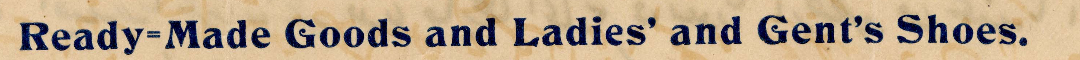
Ready=Made Goods and Ladies' and Gent's Shoes.